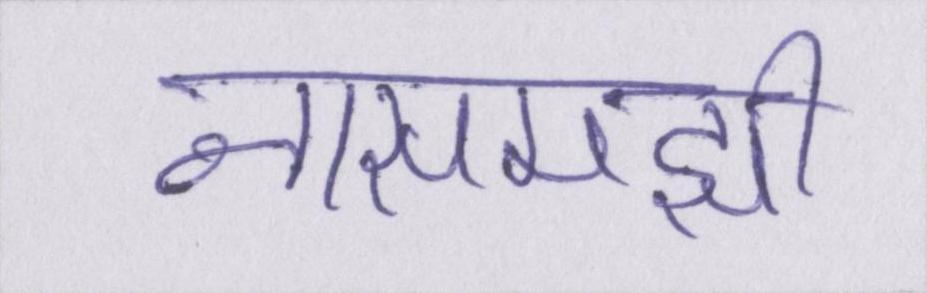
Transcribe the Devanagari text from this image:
नासमझी